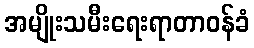
အမျိုးသမီးရေးရာတာဝန်ခံ